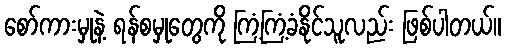
စော်ကားမှုနဲ့ ရန်စမှုတွေကို ကြံ့ကြံ့ခံနိုင်သူလည်း ဖြစ်ပါတယ်။